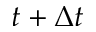
t + \Delta t